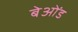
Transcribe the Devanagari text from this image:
बेओंड